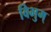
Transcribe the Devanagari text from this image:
विभुम्